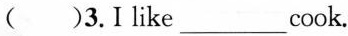
( )3.1 like___cook.